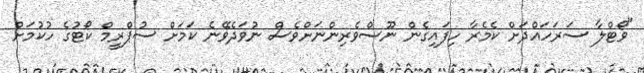
"ވޯޓްލާ ސަރަހައްދަށް ކެމެރާ ހިފައިގެން ނޫސްވެރިންނަށްވެސް ނުވަދެވޭނެ ކަމަށް ސުޕްރީމް ކޯޓުގެ ހުކުމަށް